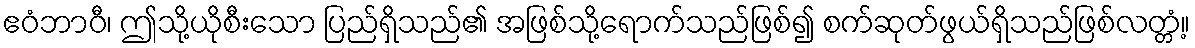
ဧဝံဘာဝီ၊ ဤသို့ယိုစီးသော ပြည်ရှိသည်၏ အဖြစ်သို့ရောက်သည်ဖြစ်၍ စက်ဆုတ်ဖွယ်ရှိသည်ဖြစ်လတ္တံ့။